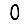
Digit: 0